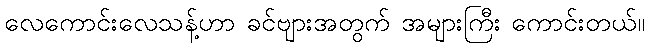
လေကောင်းလေသန့်ဟာ ခင်ဗျားအတွက် အများကြီး ကောင်းတယ်။